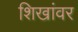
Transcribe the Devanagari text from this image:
शिखांवर